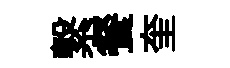
繋餐奎